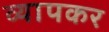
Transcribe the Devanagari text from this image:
व्यापकर